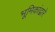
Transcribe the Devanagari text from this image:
भूमिकांद्वारे